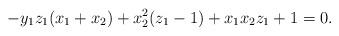
LaTeX: \begin{align*} - y_1 z_1 (x_1 + x_2 ) + x_2^2 (z_1-1)+ x_1 x_2 z_1 + 1 = 0. \end{align*}